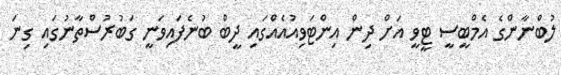
ލުބްނާންގެ އެމްބީސީ ޓީވީ އަށް ދިން އިންޓަވިއުއެއްގައި ދީބް ބުނެފައިވަނީ ގަބުރުސްތާނުގައި ގިނަ